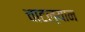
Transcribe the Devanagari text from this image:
चाटल्यान